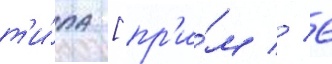
т'и́па [пр'и́м // 6